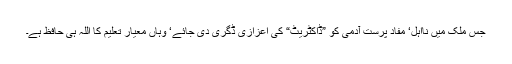
جس ملک میں نااہل‘ مفاد پرست آدمی کو ”ڈاکٹریٹ“ کی اعزازی ڈگری دی جائے‘ وہاں معیار تعلیم کا اللہ ہی حافظ ہے۔